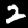
Digit: 2